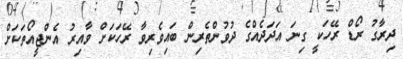
ދިރާގު ރޯޑް ރޭހަކީ ގިނަ އަދަދެއްގެ ދުވުންތެރިން ބައިވެރިވާ ރޭހަކަށް ވާއިރު އެންޖީއޯތަކަށް